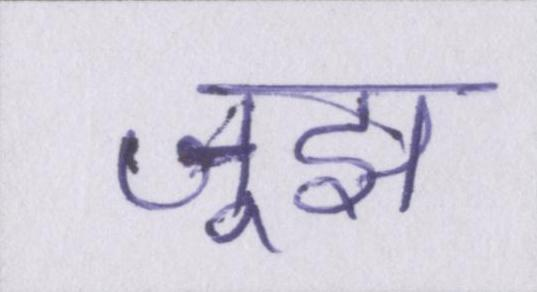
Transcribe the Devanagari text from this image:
जूझ